Scottish Leaving Certificate Examination, 1960
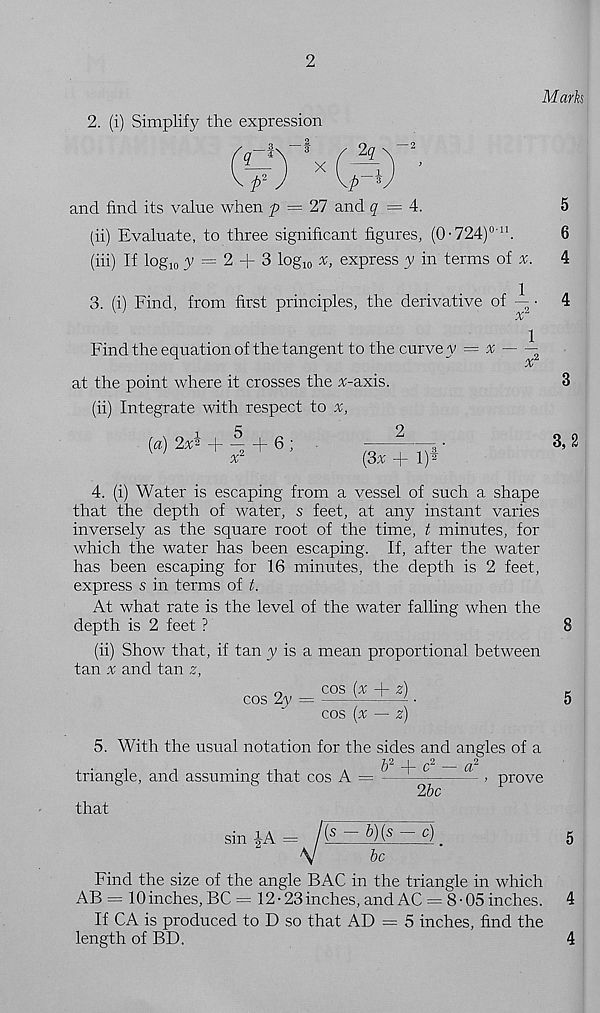
2
Mark
2. (i) Simplify the expression
and find its value when p = 21 and <7=4.
5
(ii) Evaluate, to three significant figures, (0-724) 011 .
6
(hi) If log 10 y = 2 + 3 log 10 :r, express y in terms of
4
3. (i) Find, from first principles, the derivative of ~
4
%
Find the equation of the tangent to the curve y = x ~ \
%
at the point where it crosses the %-axis.
3
(ii) Integrate with respect to x,
{a) 2%- + — + 6 ;
— ^ vri'
^
^
(3^ + l) 2
4. (i) Water is escaping from a vessel of such a shape
that the depth of water, s feet, at any instant varies
inversely as the square root of the time, t minutes, for
which the water has been escaping. If, after the water
has been escaping for 16 minutes, the depth is 2 feet,
express s in terms of t.
At what rate is the level of the water falling when the
depth is 2 feet ?
8
(ii) Show that, if tan y is a mean proportional between
tan % and tan z,
cos {% + z)
cos 2y
cos (x — z)
5. With the usual notation for the sides and angles of a
triangle, and assuming that cos A =
that
b 2 + c 2
25c
prove
sin |A = l(s-b)(s-c)
5
V
be
Find the size of the angle BAG in the triangle in which
AB = lOinches, BC= 12-23 inches, and AC — 8-05 inches.
4
If CA is produced to D so that AD = 5 inches, find the
length of BD.
4